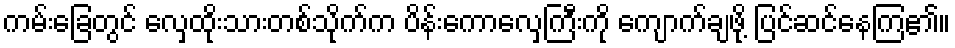
ကမ်းခြေတွင် လှေထိုးသားတစ်သိုက်က ပိန်းကောလှေကြီးကို ကျောက်ချဖို့ ပြင်ဆင်နေကြ၏။